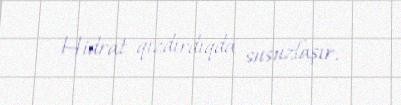
Hidrat qızdırdıqda susuzlaşır.